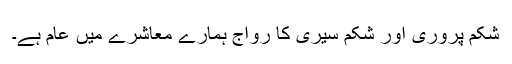
شکم پروری اور شکم سیری کا رواج ہمارے معاشرے میں عام ہے۔